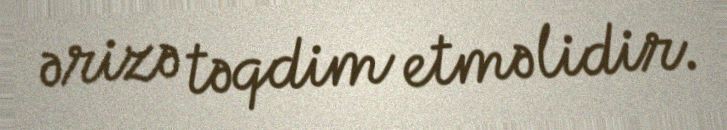
ərizə təqdim etməlidir.